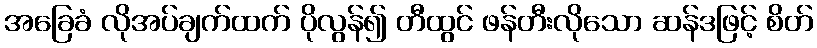
အခြေခံ လိုအပ်ချက်ထက် ပိုလွန်၍ တီထွင် ဖန်တီးလိုသော ဆန်ဒဖြင့် စိတ်